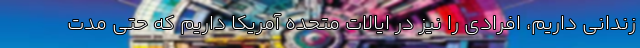
زندانی داریم، افرادی را نیز در ایالات متحده آمریکا داریم که حتی مدت